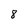
Character: 8